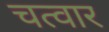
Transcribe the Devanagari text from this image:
चत्वार